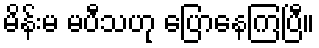
မိန်းမ မပီသဟု ပြောနေကြပြီ။